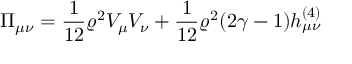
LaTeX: \Pi _ { \mu \nu } = \frac { 1 } { 1 2 } \varrho ^ { 2 } V _ { \mu } V _ { \nu } + \frac { 1 } { 1 2 } \varrho ^ { 2 } ( 2 \gamma - 1 ) h _ { \mu \nu } ^ { ( 4 ) }